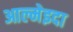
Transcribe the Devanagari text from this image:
आल्मेइदा